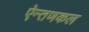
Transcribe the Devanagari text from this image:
ऐन्तणकल